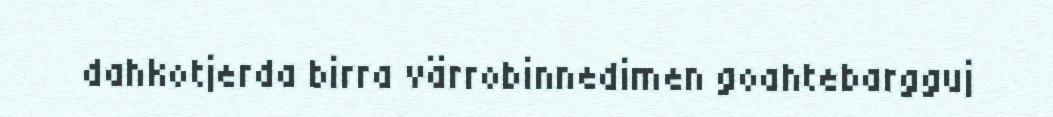
dahkotjerda birra värrobinnedimen goahtebargguj